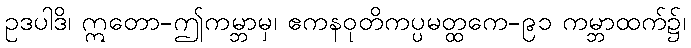
ဥဒပါဒိ၊ ဣတော-ဤကမ္ဘာမှ၊ ဧကနဝုတိကပ္ပမတ္ထကေ-၉၁ ကမ္ဘာထက်၌၊